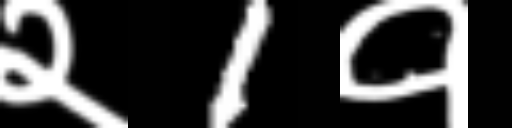
Text: २1१